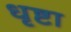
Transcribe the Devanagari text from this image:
धृष्टा